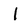
Character: I